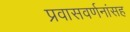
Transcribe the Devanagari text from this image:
प्रवासवर्णनांसह